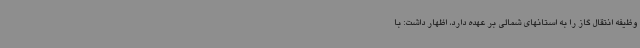
وظیفه انتقال گاز را به استانهای شمالی بر عهده دارد، اظهار داشت: با